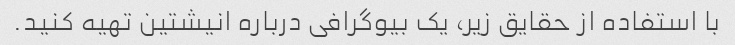
با استفاده از حقایق زیر، یک بیوگرافی درباره انیشتین تهیه کنید.